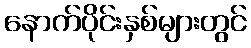
နောက်ပိုင်းနှစ်များတွင်